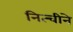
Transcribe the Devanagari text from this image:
नित्चीने